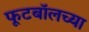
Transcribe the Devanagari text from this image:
फूटबॉलच्या